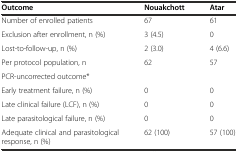
| Outcome | Nouakchott | Atar |
 | --- | --- | --- |
 | Number of enrolled patients | 67 | 61 |
 | Exclusion after enrollment, n (%) | 3 (4.5) | 0 |
 | Lost-to-follow-up, n (%) | 2 (3.0) | 4 (6.6) |
 | Per protocol population, n | 62 | 57 |
 | PCR-uncorrected outcome* |  |  |
 | Early treatment failure, n (%) | 0 | 0 |
 | Late clinical failure (LCF), n (%) | 0 | 0 |
 | Late parasitological failure, n (%) | 0 | 0 |
 | Adequate clinical and parasitological response, n (%) | 62 (100) | 57 (100) |